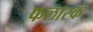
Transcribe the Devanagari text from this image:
फलास्क